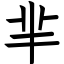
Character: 芈